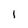
Character: 1